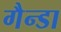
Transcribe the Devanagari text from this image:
गैन्डा